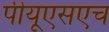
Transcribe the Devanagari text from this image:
पीयूएसएच